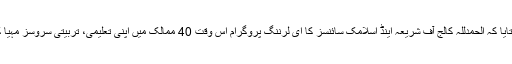
انہوں نے بتایا کہ الحمدللہ کالج آف شریعہ اینڈ اسلامک سائنسز کا ای لرننگ پروگرام اس وقت 40 ممالک میں اپنی تعلیمی، تربیتی سروسز مہیا کر رہا ہے۔